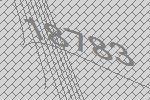
18783